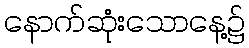
နောက်ဆုံးသောနေ့၌